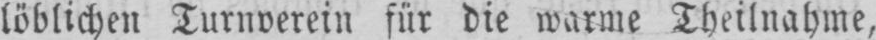
löblichen Turnverein für die warme Theilnahme,